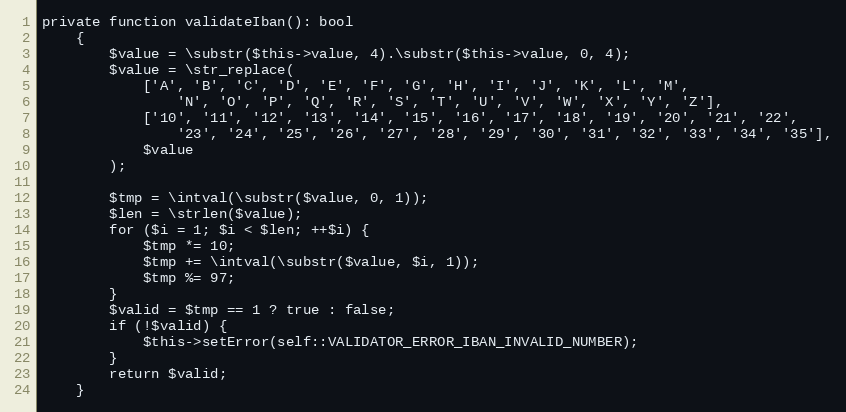
Language: PHP
private function validateIban(): bool
    {
        $value = \substr($this->value, 4).\substr($this->value, 0, 4);
        $value = \str_replace(
            ['A', 'B', 'C', 'D', 'E', 'F', 'G', 'H', 'I', 'J', 'K', 'L', 'M',
                'N', 'O', 'P', 'Q', 'R', 'S', 'T', 'U', 'V', 'W', 'X', 'Y', 'Z'],
            ['10', '11', '12', '13', '14', '15', '16', '17', '18', '19', '20', '21', '22',
                '23', '24', '25', '26', '27', '28', '29', '30', '31', '32', '33', '34', '35'],
            $value
        );

        $tmp = \intval(\substr($value, 0, 1));
        $len = \strlen($value);
        for ($i = 1; $i < $len; ++$i) {
            $tmp *= 10;
            $tmp += \intval(\substr($value, $i, 1));
            $tmp %= 97;
        }
        $valid = $tmp == 1 ? true : false;
        if (!$valid) {
            $this->setError(self::VALIDATOR_ERROR_IBAN_INVALID_NUMBER);
        }
        return $valid;
    }